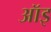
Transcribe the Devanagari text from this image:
ऑइ